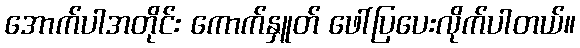
အောက်ပါအတိုင်း ကောက်နှူတ် ဖေါ်ပြပေးလိုက်ပါတယ်။